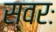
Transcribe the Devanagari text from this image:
स्वरः